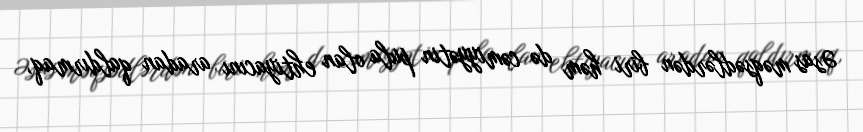
Əsas məqsədlərdən biri həm də cəmiyyətin pula olan ehtiyacını aradan qaldırmaq,